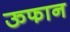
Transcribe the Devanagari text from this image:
ऊफान